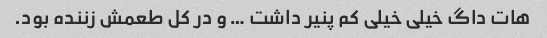
هات داگ خیلی خیلی کم پنیر داشت … و در کل طعمش زننده بود.